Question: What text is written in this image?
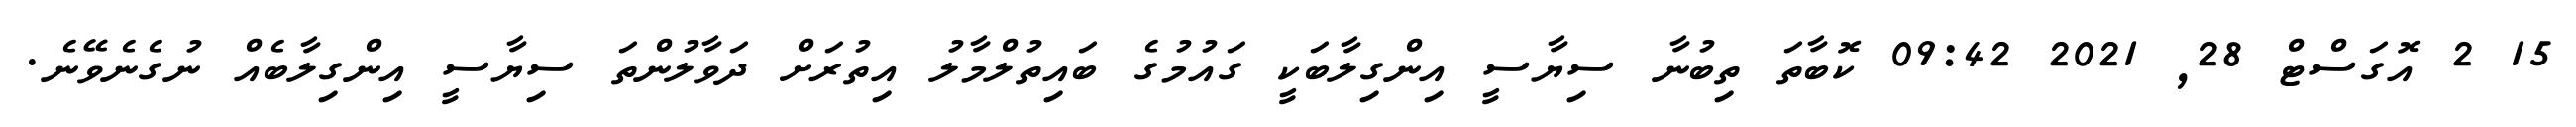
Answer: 15 2 އޮގަސްޓް 28, 2021 09:42 ކޮބާތަ ތިބުނާ ސިޔާސީ އިންގިލާބަކީ ގައުމުގެ ބައިތުލްމާލު އިތުރަށް ދަވާލުންތަ ސިޔާސީ އިންގިލާބެއް ނުގެނެވޭނެ.